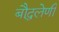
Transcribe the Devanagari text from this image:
बौद्घलेणी